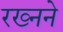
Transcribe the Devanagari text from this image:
रख्नने